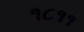
૧૮૧૧